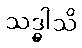
သဒ္ဓါသိ